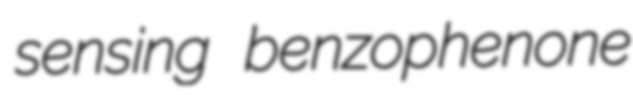
sensing benzophenone